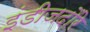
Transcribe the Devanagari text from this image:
इंडीजदौरे